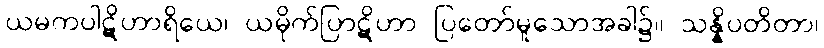
ယမကပါဋိဟာရိယေ၊ ယမိုက်ပြာဋိဟာ ပြတော်မူသောအခါ၌။ သန္နိပတိတာ၊